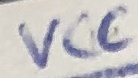
Text: VCC